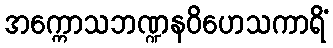
အက္ကောသဘဏ္ဍနဝိဟေသကာရိံ